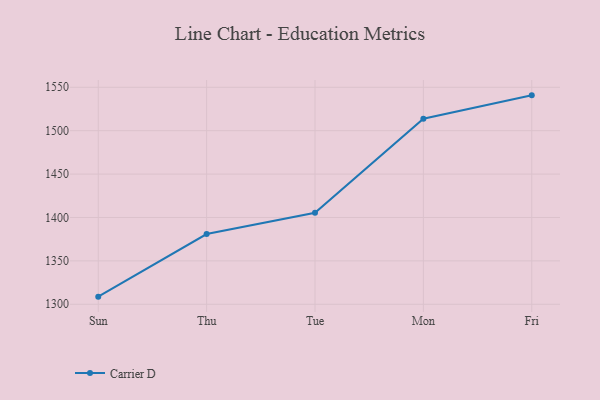
{"axis": {"x": "Day", "y": "Operating Costs (USD K)"}, "legend": ["Carrier D"], "data": [{"x": "Sun", "y": 1308.8, "type": "Carrier D"}, {"x": "Thu", "y": 1380.9, "type": "Carrier D"}, {"x": "Tue", "y": 1405.4, "type": "Carrier D"}, {"x": "Mon", "y": 1513.8, "type": "Carrier D"}, {"x": "Fri", "y": 1540.7, "type": "Carrier D"}]}